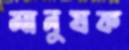
মানুষক